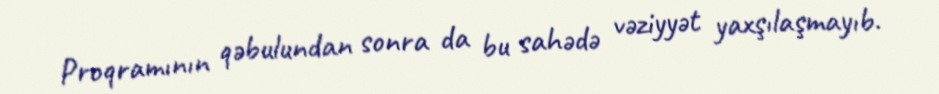
Proqramının qəbulundan sonra da bu sahədə vəziyyət yaxşılaşmayıb.